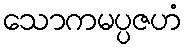
သောကမပ္ပဇဟံ